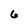
Character: 6